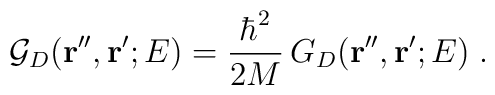
{\mathcal G}_{D}  ({\bf r''},{\bf r'} ; E) =  \frac{\hbar^{2}}{2M} \,G_{D}  ({\bf r''},{\bf r'} ; E) \;  .